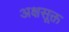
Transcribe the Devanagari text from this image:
अक्षसूक्त